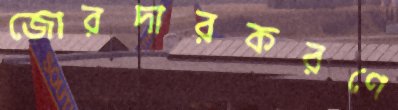
জোরদারকরণে